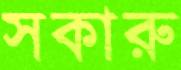
সকারু